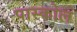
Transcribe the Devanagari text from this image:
पास्कोल